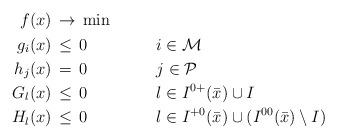
LaTeX: \begin{align*}\begin{aligned}f(x)&\,\to\,\min&&&\\g_i(x)&\,\leq\,0&\qquad&i\in\mathcal M\\h_j(x)&\,=\,0&\qquad&j\in\mathcal P\\G_l(x)&\,\leq\,0&\qquad&l\in I^{0+}(\bar x)\cup I\\H_l(x)&\,\leq\,0&\qquad&l\in I^{+0}(\bar x)\cup(I^{00}(\bar x)\setminus I)\end{aligned}\end{align*}